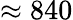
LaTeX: \approx 840